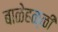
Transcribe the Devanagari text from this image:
बाळेहळ्ळी